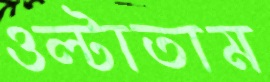
ওল্‌টাতাম